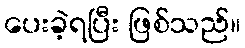
ပေးခဲ့ရပြီး ဖြစ်သည်။